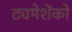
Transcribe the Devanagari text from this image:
ट्यमेशेंको